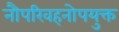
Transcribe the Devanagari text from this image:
नौपरिवहनोपयुक्त